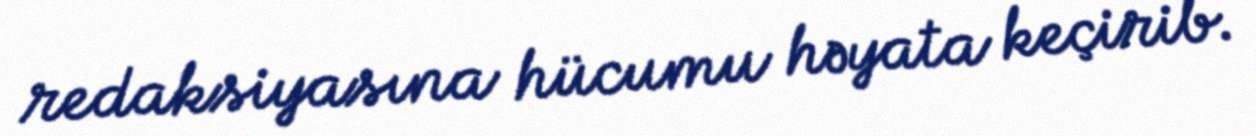
redaksiyasına hücumu həyata keçirib.